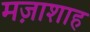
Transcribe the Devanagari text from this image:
मज़ाशाह